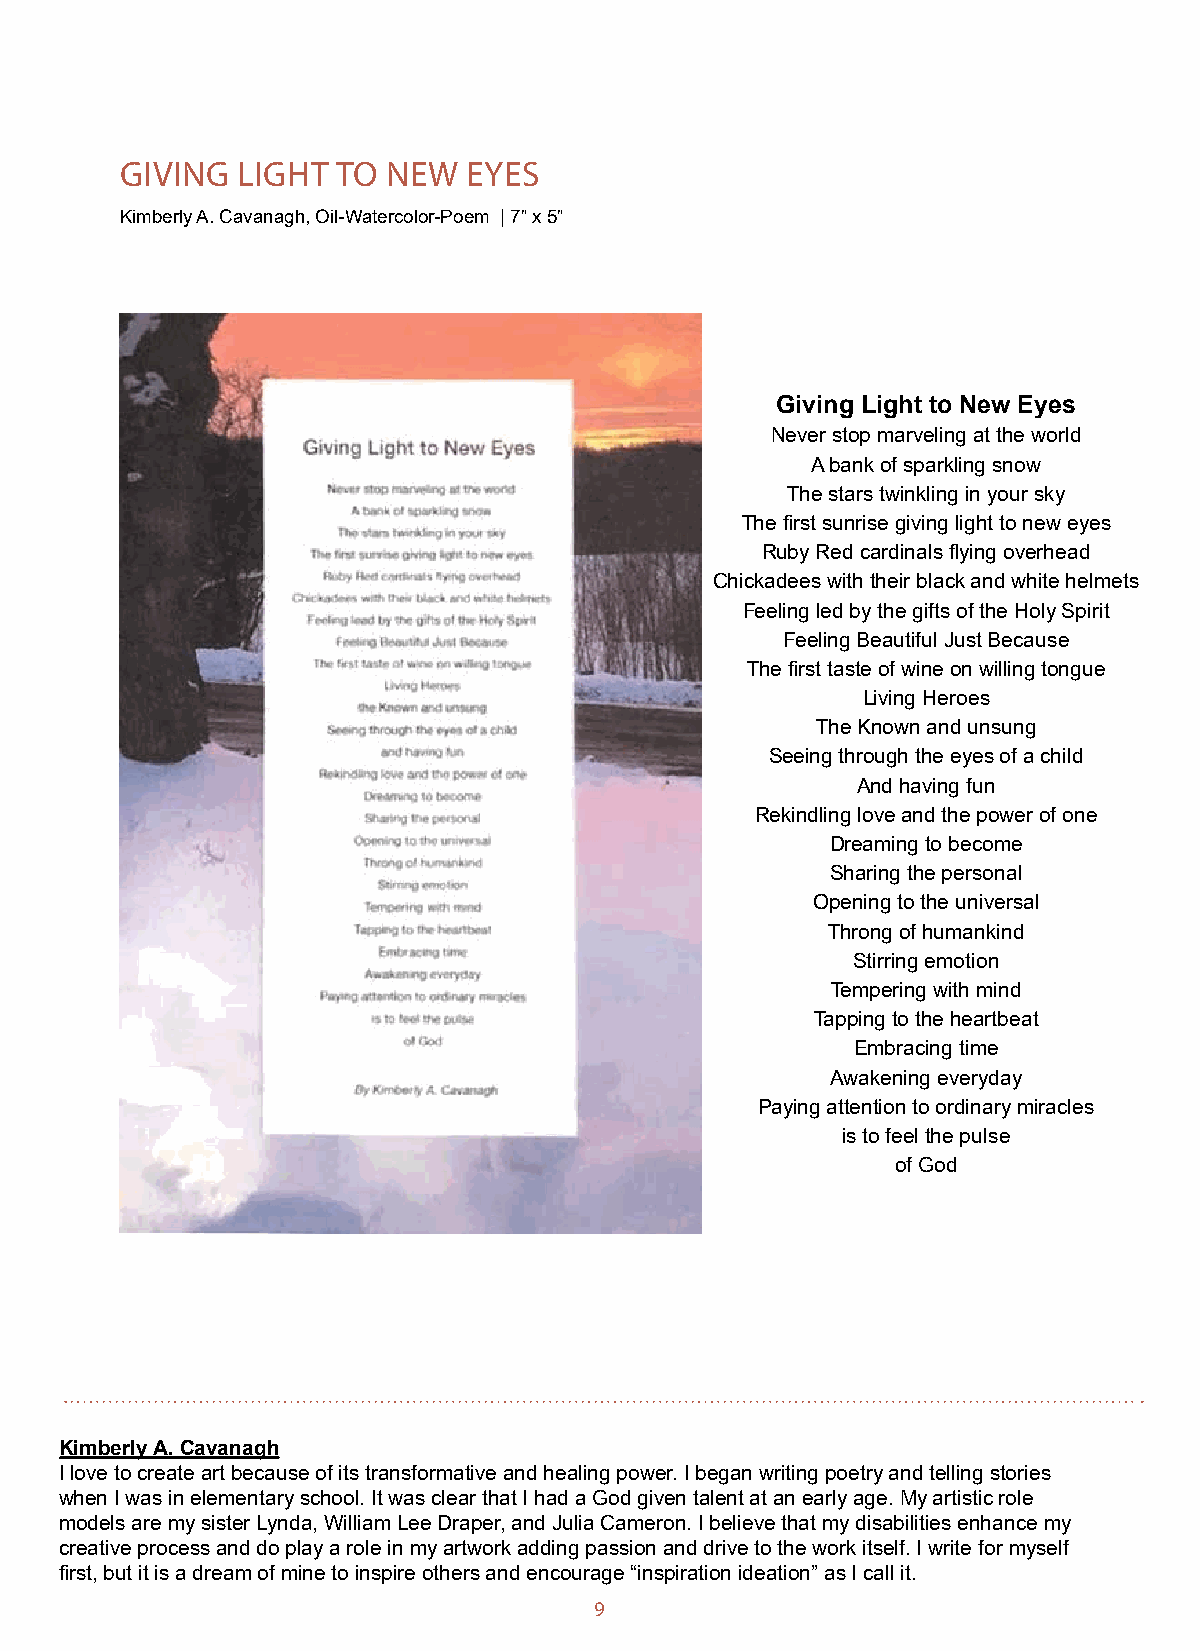
GIVING  LIGHT TO  NEW  EYES
 Kimberly A. Cavanagh, Oil-Watercolor-Poem | 7” x 5”
 Giving Light to New Eyes
 Never stop marveling at the world
 A bank of sparkling snow
 The stars twinkling in your sky
 The first sunrise giving light to new eyes
 Ruby Red cardinals flying overhead
 Chickadees with their black and white helmets
 Feeling led by the gifts of the Holy Spirit
 Feeling Beautiful Just Because
 The first taste of wine on willing tongue
 Living Heroes
 The Known and unsung
 Seeing through the eyes of a child
 And having fun
 Rekindling love and the power of one
 Dreaming to become
 Sharing the personal
 Opening to the universal
 Throng of humankind
 Stirring emotion
 Tempering with mind
 Tapping to the heartbeat
 Embracing time
 Awakening everyday
 Paying attention to ordinary miracles
 is to feel the pulse
 of God
 Kimberly A. Cavanagh
 I love to create art because of its transformative and healing power. I began writing poetry and telling stories
 when I was in elementary school. It was clear that I had a God given talent at an early age. My artistic role
 models are my sister Lynda, William Lee Draper, and Julia Cameron. I believe that my disabilities enhance my
 creative process and do play a role in my artwork adding passion and drive to the work itself. I write for myself
 first, but it is a dream of mine to inspire others and encourage “inspiration ideation” as I call it.
 9